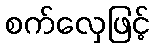
စက်လှေဖြင့်